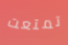
تمتعت